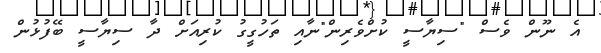
އެ ނޫން ވެސް "ސިޔާސީ ކުށްވެރިން"ނާއި ތަހުގީގު ކުރިއަށް ދާ ސިޔާސީ ބޭފުޅުން